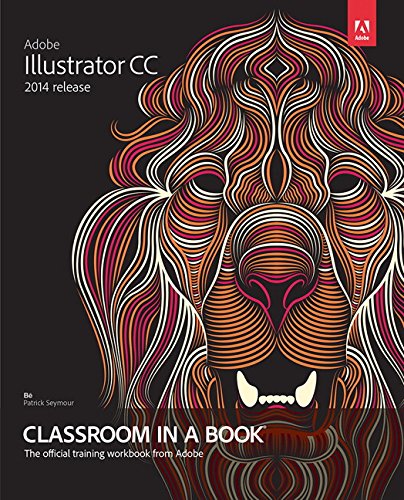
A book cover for Adobe Illustrator CC Classroom in a Book (2014 release); Brian Wood; Computers & Technology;